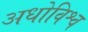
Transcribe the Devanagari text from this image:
अधोविश्व